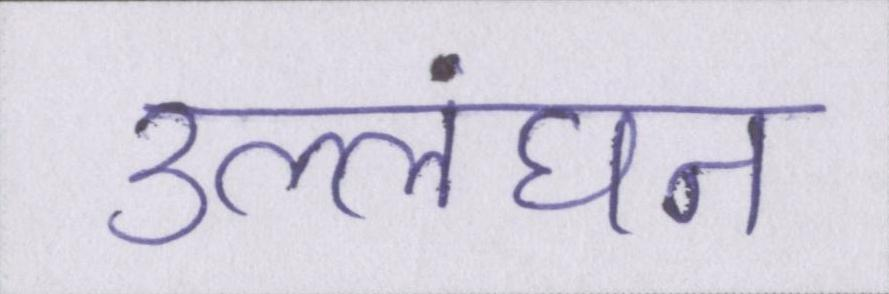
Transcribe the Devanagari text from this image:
उल्लंघन